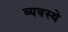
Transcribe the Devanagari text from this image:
व्यवस्थे